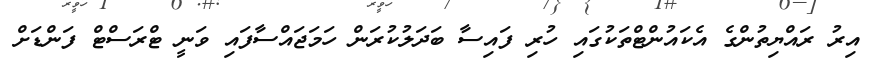
އިރު ރައްޔިތުންގެ އެކައުންޓްތަކުގައި ހުރި ފައިސާ ބަދަލުކުރަން ހަމަޖައްސާފައި ވަނީ ޓްރަސްޓް ފަންޑަށް